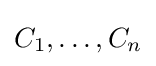
C_{1},\ldots ,C_{n}